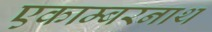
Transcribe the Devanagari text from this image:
एकाम्बरनाथ